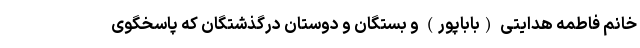
خانم فاطمه هدایتی (باباپور) و بستگان و دوستان درگذشتگان که پاسخگوی